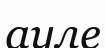
ауле